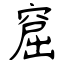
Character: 窟